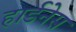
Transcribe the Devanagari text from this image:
हार्डनेस